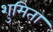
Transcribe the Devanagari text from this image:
शुमिता